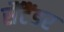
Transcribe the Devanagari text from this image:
सैंटैंडर